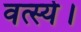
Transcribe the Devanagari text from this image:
वर्त्स्य।